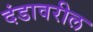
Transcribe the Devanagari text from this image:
दंडावरील